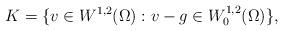
LaTeX: \begin{align*}K=\{ v \in W^{1,2}(\Omega): v-g \in W^{1,2}_{0}(\Omega) \},\end{align*}